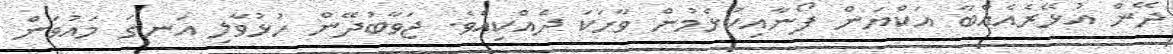
ދޭން އުޅޭރެއެއްބާ އަކްޔަން ފޯނާއިކުޅެމުން ވާހަކަ ދެއްކިއެވެ. ޖަވާބުދޭން ހުޅުވާލި އަނގަ މައުވަން